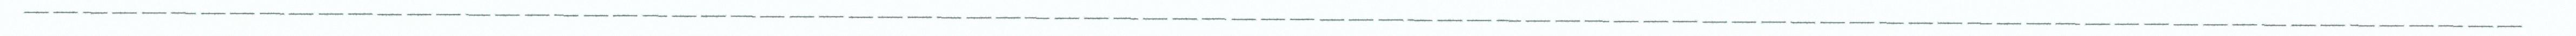
_____________________________________________________________________________________